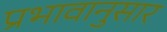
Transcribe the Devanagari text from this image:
प्रभावानुसार